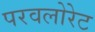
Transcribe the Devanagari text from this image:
परवलोरेट